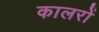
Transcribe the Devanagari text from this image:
कालरों